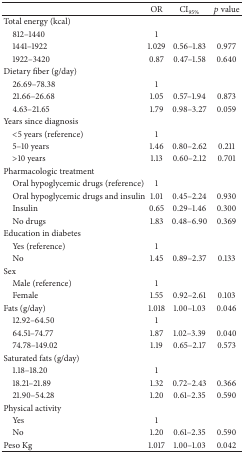
|  | OR | CI95% | p value |
 | --- | --- | --- | --- |
 | Total energy (kcal) |  |  |  |
 | 812–1440 | 1 |  |  |
 | 1441–1922 | 1.029 | 0.56–1.83 | 0.977 |
 | 1922–3420 | 0.87 | 0.47–1.58 | 0.640 |
 | Dietary fiber (g/day) |  |  |  |
 | 26.69–78.38 | 1 |  |  |
 | 21.66–26.68 | 1.05 | 0.57–1.94 | 0.873 |
 | 4.63–21.65 | 1.79 | 0.98–3.27 | 0.059 |
 | Years since diagnosis |  |  |  |
 | <5 years (reference) | 1 |  |  |
 | 5–10 years | 1.46 | 0.80–2.62 | 0.211 |
 | >10 years | 1.13 | 0.60–2.12 | 0.701 |
 | Pharmacologic treatment |  |  |  |
 | Oral hypoglycemic drugs (reference) | 1 |  |  |
 | Oral hypoglycemic drugs and insulin | 1.01 | 0.45–2.24 | 0.930 |
 | Insulin | 0.65 | 0.29–1.46 | 0.300 |
 | No drugs | 1.83 | 0.48–6.90 | 0.369 |
 | Education in diabetes |  |  |  |
 | Yes (reference) | 1 |  |  |
 | No | 1.45 | 0.89–2.37 | 0.133 |
 | Sex |  |  |  |
 | Male (reference) | 1 |  |  |
 | Female | 1.55 | 0.92–2.61 | 0.103 |
 | Fats (g/day) | 1.018 | 1.00–1.03 | 0.046 |
 | 12.92–64.50 | 1 |  |  |
 | 64.51–74.77 | 1.87 | 1.02–3.39 | 0.040 |
 | 74.78–149.02 | 1.19 | 0.65–2.17 | 0.573 |
 | Saturated fats (g/day) |  |  |  |
 | 1.18–18.20 | 1 |  |  |
 | 18.21–21.89 | 1.32 | 0.72–2.43 | 0.366 |
 | 21.90–54.28 | 1.20 | 0.61–2.35 | 0.590 |
 | Physical activity |  |  |  |
 | Yes | 1 |  |  |
 | No | 1.20 | 0.61–2.35 | 0.590 |
 | Peso Kg | 1.017 | 1.00–1.03 | 0.042 |